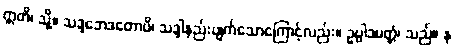
ဣတိ၊ သို့။ သဒ္ဒဘေဒတောပိ၊ သဒ္ဒါနည်းပျက်သောကြောင့်လည်း။ ဥပ္ပါဒမတ္တံ၊ သည်။ န